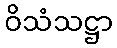
ဝိသံသဋ္ဌာ